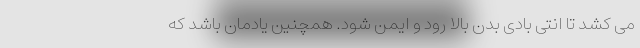
می کشد تا انتی بادی بدن بالا رود و ایمن شود. همچنین یادمان باشد که